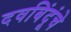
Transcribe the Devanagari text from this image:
दवबिंदूंचे